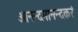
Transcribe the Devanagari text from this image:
आनन्दमानन्दकरं